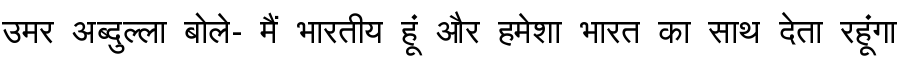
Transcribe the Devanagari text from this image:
उमर अब्दुल्ला बोले- मैं भारतीय हूं और हमेशा भारत का साथ देता रहूंगा